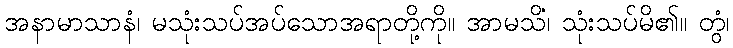
အနာမာသာနံ၊ မသုံးသပ်အပ်သောအရာတို့ကို။ အာမသိံ၊ သုံးသပ်မိ၏။ တွံ၊